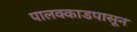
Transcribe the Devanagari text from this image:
पालक्काडपासून